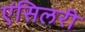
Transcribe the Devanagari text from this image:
एंसिलरी